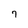
Character: 7